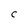
Character: C